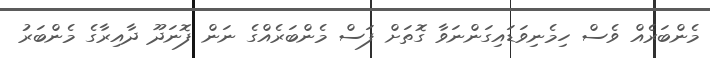
މެންބަރެއް ވެސް ހިމެނިވަޑައިގަންނަވާ ގޮތަށް ފަސް މެންބަރެއްގެ ނަން ފޮނަދޫ ދާއިރާގެ މެންބަރު